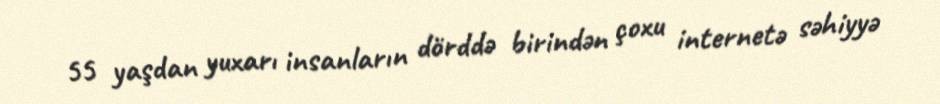
55 yaşdan yuxarı insanların dörddə birindən çoxu internetə səhiyyə